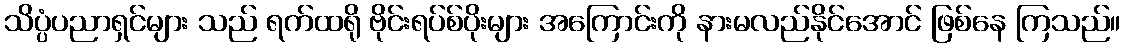
သိပ္ပံပညာရှင်များ သည် ရက်ထရို ဗိုင်းရပ်စ်ပိုးများ အကြောင်းကို နားမလည်နိုင်အောင် ဖြစ်နေ ကြသည်။